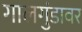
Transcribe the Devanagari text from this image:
गालगुंडावर